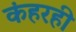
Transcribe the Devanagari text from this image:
कंहरही